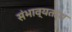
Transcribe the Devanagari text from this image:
संभाव्यतांश